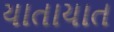
યાતાયાત